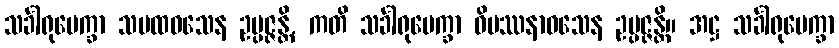
သင်္ခါရုပေက္ခာ သမထဝသေန ဥပ္ပဇ္ဇန္တိ, ကတိ သင်္ခါရုပေက္ခာ ဝိပဿနာဝသေန ဥပ္ပဇ္ဇန္တိ။ အဋ္ဌ သင်္ခါရုပေက္ခာ